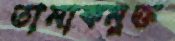
তামাকমুক্ত